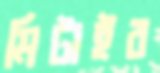
মিটাইব